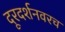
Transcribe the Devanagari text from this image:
दूरदर्शनवरच